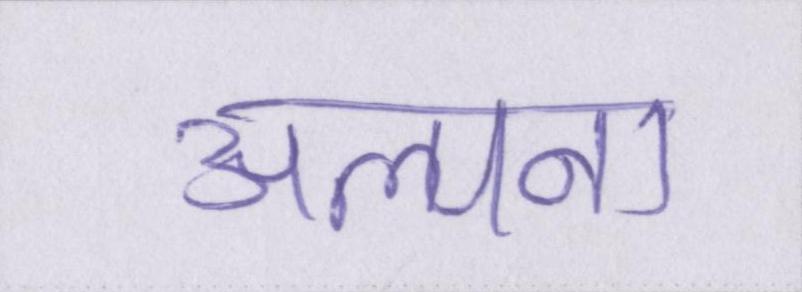
अल्पना